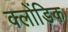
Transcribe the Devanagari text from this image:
क्लोंडिक